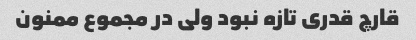
قارچ قدری تازه نبود ولی در مجموع ممنون